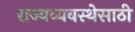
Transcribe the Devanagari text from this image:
राज्यव्यवस्थेसाठी